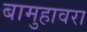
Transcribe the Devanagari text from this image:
बामुहावरा